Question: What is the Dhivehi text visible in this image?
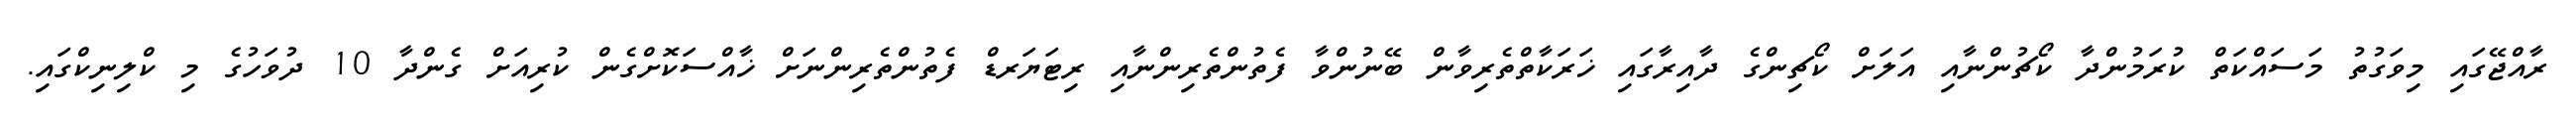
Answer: ރާއްޖޭގައި މިވަގުތު މަސައްކަތް ކުރަމުންދާ ކޯޗުންނާއި އަލަށް ކޯޗިންގެ ދާއިރާގައި ޚަރަކާތްތެރިވާން ބޭނުންވާ ފެތުންތެރިންނާއި ރިޓަޔަރޑް ފެތުންތެރިންނަށް ޚާއްސަކޮށްގެން ކުރިއަށް ގެންދާ 10 ދުވަހުގެ މި ކްލިނިކްގައި.